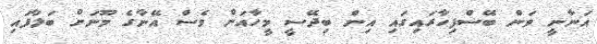
އަނާނީ ވަން ބޭސްފިހާރައިގައި އިން ބިދޭސީ މީހާއަށް ވެސް އޭނާގެ މޫނަށް ބަލާފައި